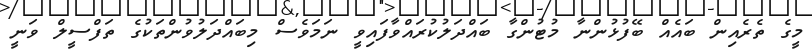
މީގެ ތެރެއިން ބައެއް ބޭފުޅުންނާ މުޓުންގާ ބައްދަލުކުރައްވާފައިވީ ނަމަވެސް މިބައްދަލުވުންތަކުގެ ތަފްސީލް ވަނީ